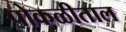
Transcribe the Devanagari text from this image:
पोकळीताल